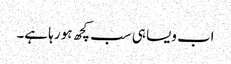
اب ویسا ہی سب کچھ ہو رہا ہے۔